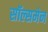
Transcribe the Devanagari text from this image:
सॉल्समेन